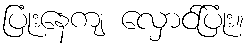
ပြုံးနေကျ လှောင်ပြုံး။